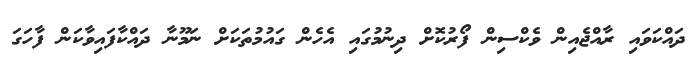
ދައްކަވައި ރާއްޖެއިން ވެކްސިން ފޯރުކޮށް ދިނުމުގައި އެހެން ގައުމުތަކަށް ނަމޫނާ ދައްކާފައިވާކަން ފާހަގަ